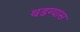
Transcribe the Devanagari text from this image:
थडग्यास